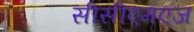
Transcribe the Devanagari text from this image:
सीसीएमएज